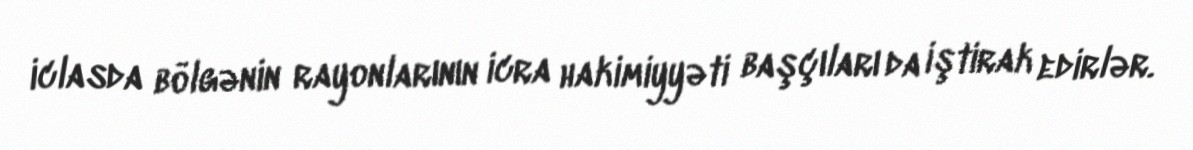
iclasda bölgənin rayonlarının icra hakimiyyəti başçıları da iştirak edirlər.